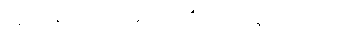
ဥဂ္ဂဏှာပေယျ ဝါ၊ သူတပါးကိုလည်း ယူစေငြားအံ့။